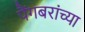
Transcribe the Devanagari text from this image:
पैंगबरांच्या